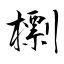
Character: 檦